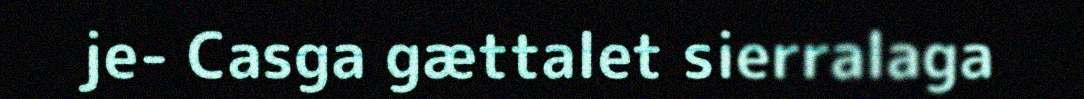
je- Casga gættalet sierralaga